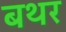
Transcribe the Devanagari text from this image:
बथर